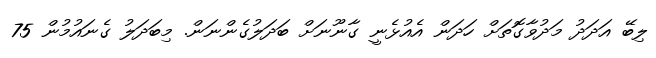
ލިބޭ އަދަދު މަދުވާގޮތަށް ހަދަން އެއުޅެނީ ގާނޫނަށް ބަދަލުގެންނަން. މިބަދަލު ގެނައުމުން 75